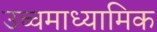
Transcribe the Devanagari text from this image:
उच्चमाध्यामिक